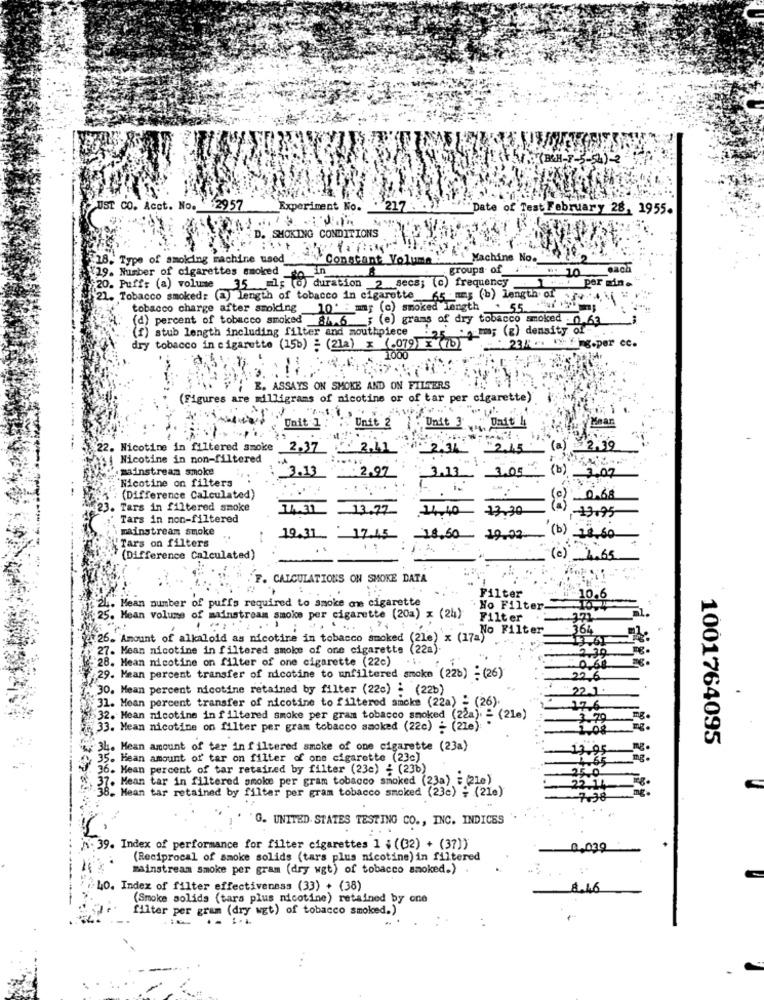
V.(BUHL-7-5-54) 2
JUST CO. Acet. No. $ $2957
Experiment No.
"Date of Test February 28, 1955.
D. SMOKING CONDITIONS
18. Type of smoking machine used_
Constant Volume
"Machine No."
¥29. Number of cigarettes smoked
in
groups of
. 10
each
20. Puff: (a) volume 35 =1; (0) duration 2 secs; (c) frequency
1. per min.
21. Tobacco smoked: (m) length of tobacco in cigarette 65 mas (b) length of FAM
tobacco charge after smolding
10' : mm; (c) smoked length . 5 ."ai Pim ;.
(d) percent of tobacco smoked 8/6.6
(e) grams of dry tobacco smoked 0 63
(f) stub length including filter and mouthpiece :
; (z) density of. .
dry tobacco in cigarette (150) = (21a) x (.079) x (70)
1000
234 .. . y- g.per ec.
E. ASSAYS ON SMOKE AND ON FILTERS
(Figures are milligram
s of nicotine or of tar per cigarette)
Unit 1
Unit 2
Unit 3
"Unit 4
Mean
Nicotine in filtered smoke
2.37
2.41
2.34
~2.45
(a) 2.39
Nicotine in non-filtered
mainstream smoke
3.13
. . 2.97
3.13
3,05
(b)
3.07
Nicotine on filters
(Difference Calculated)
0.68
Tars in filtered smoke
14.31
13.77
14.40
13.30
-13.95
Tars in non-filtered
mainstream smoke
(b)
Tars on filters
19.31.
17.45_ 18.50 - 19.02
28 60
(e)
(Difference Calculated)
1,65
F. CALCULATIONS ON SMOKE DATA
Filter
2L. Mean number of puffs required to smoke one cigarette
10.6
No Filter
25. Mean volume of mainstream smoke per cigarette (20a) x (24)
Filter
364
26. Amount of alkaloid as nicotire in tobacco smoked (21e) x (17- - Filter
27. Mean nicotine in filtered smoke of one cigarette (22a)
2.39
ing.
-28. Mean nicotine on filter of one cigarette (22c) .i.
0.68
29. Mean percent transfer of nicotine to unfiltered smoke (22b) ;(26)
226
30. Mean percent nicotine retained by filter (22c) : (22b)
22.1
31. Mean percent transfer of nicotine to filtered amcke (22a) = (26).
17 6
>32. Mean nicotine in filtered smoke per gram tobacco smoked (22a). = (21e)
3 50
33. Mean nicotine on filter per gram tobacco smoked (22c) : (216) -
1001764095
34. Mean amount of ter in filtered smoke of one cigarette (23a)
13.95
35. Mean amount of' tar on filter of one cigarette (23c)
: 36. Mean percent of tar retaired by filter (23c) ¿ (236)
25.0
37. Mean tar in filtered smoke per gram tobacco smoked (23a) = (210)
38. Mean tar retained by filter per gram tobacco smoked (23c) ; (21e)
22 11
7.38
G. UNITED STATES TESTING CO ., INC. INDICES
N. 39. Index of performance for filter cigarettes 1 ; ((32) + (37))
0,039
(Reciprocal of smoke solids (tars plus nicotine) in filtered
mainstream smoke per gram (dry wgt) of tobacco smoked.) .
40. Index of filter effectiveness (33) + (38)
8.46
(Smoke solids (tars plus nicotine) retained by one
filter per gram (dry wgt) of tobacco smoked.)